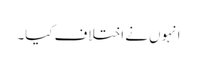
انہوں نے اختلاف کیا۔